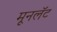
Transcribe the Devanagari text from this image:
मूनलॅट